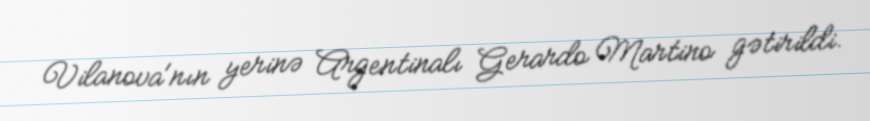
Vilanova'nın yerinə Argentinalı Gerardo Martino gətirildi.